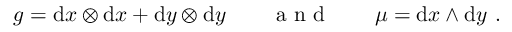
g = \mathrm { d } x \otimes \mathrm { d } x + \mathrm { d } y \otimes \mathrm { d } y \qquad \mathrm { ~ a ~ n ~ d ~ } \qquad \mu = \mathrm { d } x \wedge \mathrm { d } y \ .